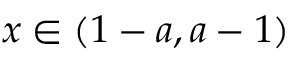
x \in ( 1 - a , a - 1 )